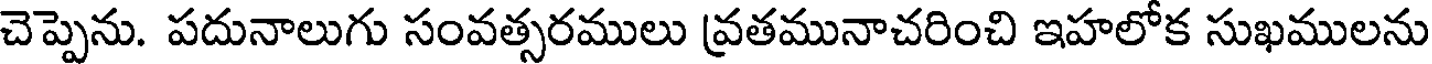
చెప్పెను. పదునాలుగు సంవత్సరములు వ్రతమునాచరించి ఇహలోక సుఖములను